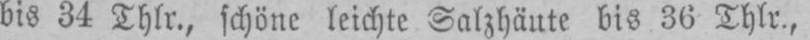
bis 34 Thlr., schöne leichte Salzhäute bis 36 Thlr.,